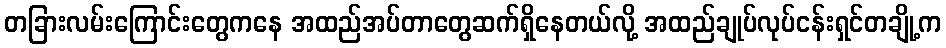
တခြားလမ်းကြောင်းတွေကနေ အထည်အပ်တာတွေဆက်ရှိနေတယ်လို့ အထည်ချုပ်လုပ်ငန်းရှင်တချို့က